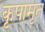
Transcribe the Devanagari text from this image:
कृपामृत